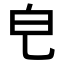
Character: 𤼾